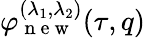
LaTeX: \varphi_{\mathrm{~n~e~w~}}^{(\lambda_{1},\lambda_{2})}(\tau,q)